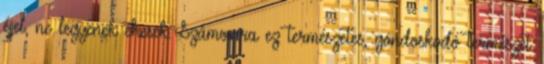
éjjel, ne legyenek éhesek. Számomra ez természetes, gondoskodó természet